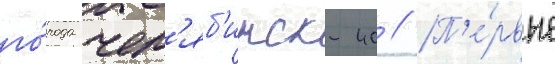
го́рода чел'яб'инск-40 // П'е́рвые